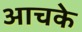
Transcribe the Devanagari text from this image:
आचके